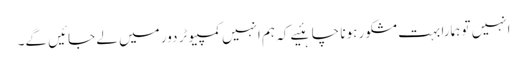
انہیں تو ہمارا بہت مشکور ہونا چاہئیے کہ ہم انہیں کمپیوٹر دور میں لے جائیں گے۔